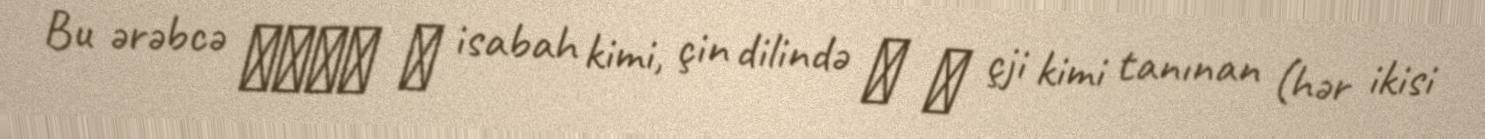
Bu ərəbcə إصبع ― isabah kimi, çin dilində 指 ― çji kimi tanınan (hər ikisi